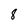
Character: 8